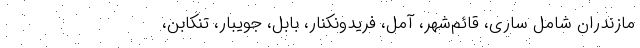
مازندران شامل ساری، قائم‌شهر، آمل، فریدونکنار، بابل، جویبار، تنکابن،